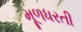
મૂળધરતી